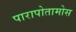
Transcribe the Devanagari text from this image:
पारापोतामोस